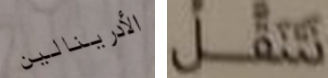
الأدرينالين نتنقل